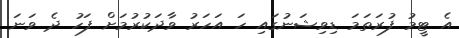
އެ ޓީމު ފުރަތަމަ ޑިވިޝަނުގައި ހަ އަހަރު ވާދަކުރުމަށް ފަހު ދެ ވަނަ